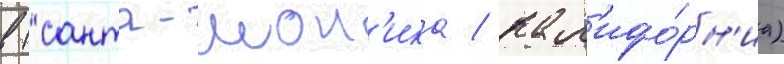
в (санта-мон'ика / кал'ифо́рн'иа)